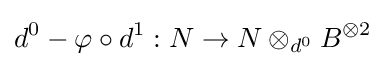
d^{0}-\varphi \circ d^{1}:N\to N\otimes _{d^{0}}B^{\otimes 2}